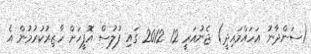
(ސަންދާނު އަހައްމައިދީ) ޖެނުއަރީ 12 2012 ގައި ފުލުސް އޮފީހަށް ހާޒިރުކުރުމުން އެ